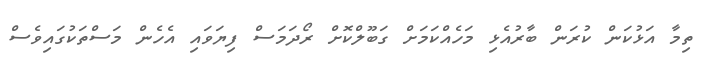
ތިމާ އަޅުކަން ކުރަން ބާރުއެޅި މަހެއްކަމަށް ގަބޫލްކޮށް ރޯދަމަސް ފިޔަވައި އެހެން މަސްތަކުގައިވެސް